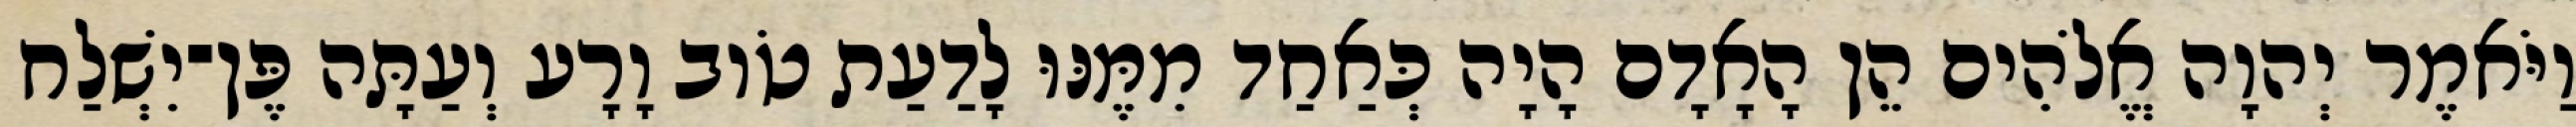
וַיֹּאמֶר יְהוָה אֱלֹהִים הֵן הָאָדָם הָיָה כְּאַחַד מִמֶּנּוּ לָדַעַת טֹוב וָרָע וְעַתָּה פֶּן־יִשְׁלַח